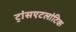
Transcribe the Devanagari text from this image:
ट्रांसएटलांटिक